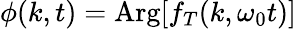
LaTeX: \phi(k,t)=\mathrm{Arg}[f_{T}(k,\omega_{0}t)]